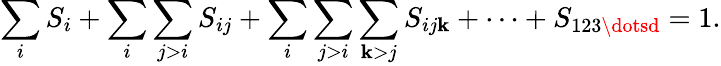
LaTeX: \sum_{i}S_{i}+\sum_{i}\sum_{j>i}S_{ij}+\sum_{i}\sum_{j>i}\sum_{\mathbf{k}>j}S_{ij\mathbf{k}}+\dots+S_{123\dotsd}=1.